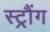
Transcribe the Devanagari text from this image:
स्ट्रौंग